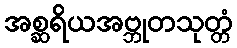
အစ္ဆရိယအဗ္ဘုတသုတ္တံ